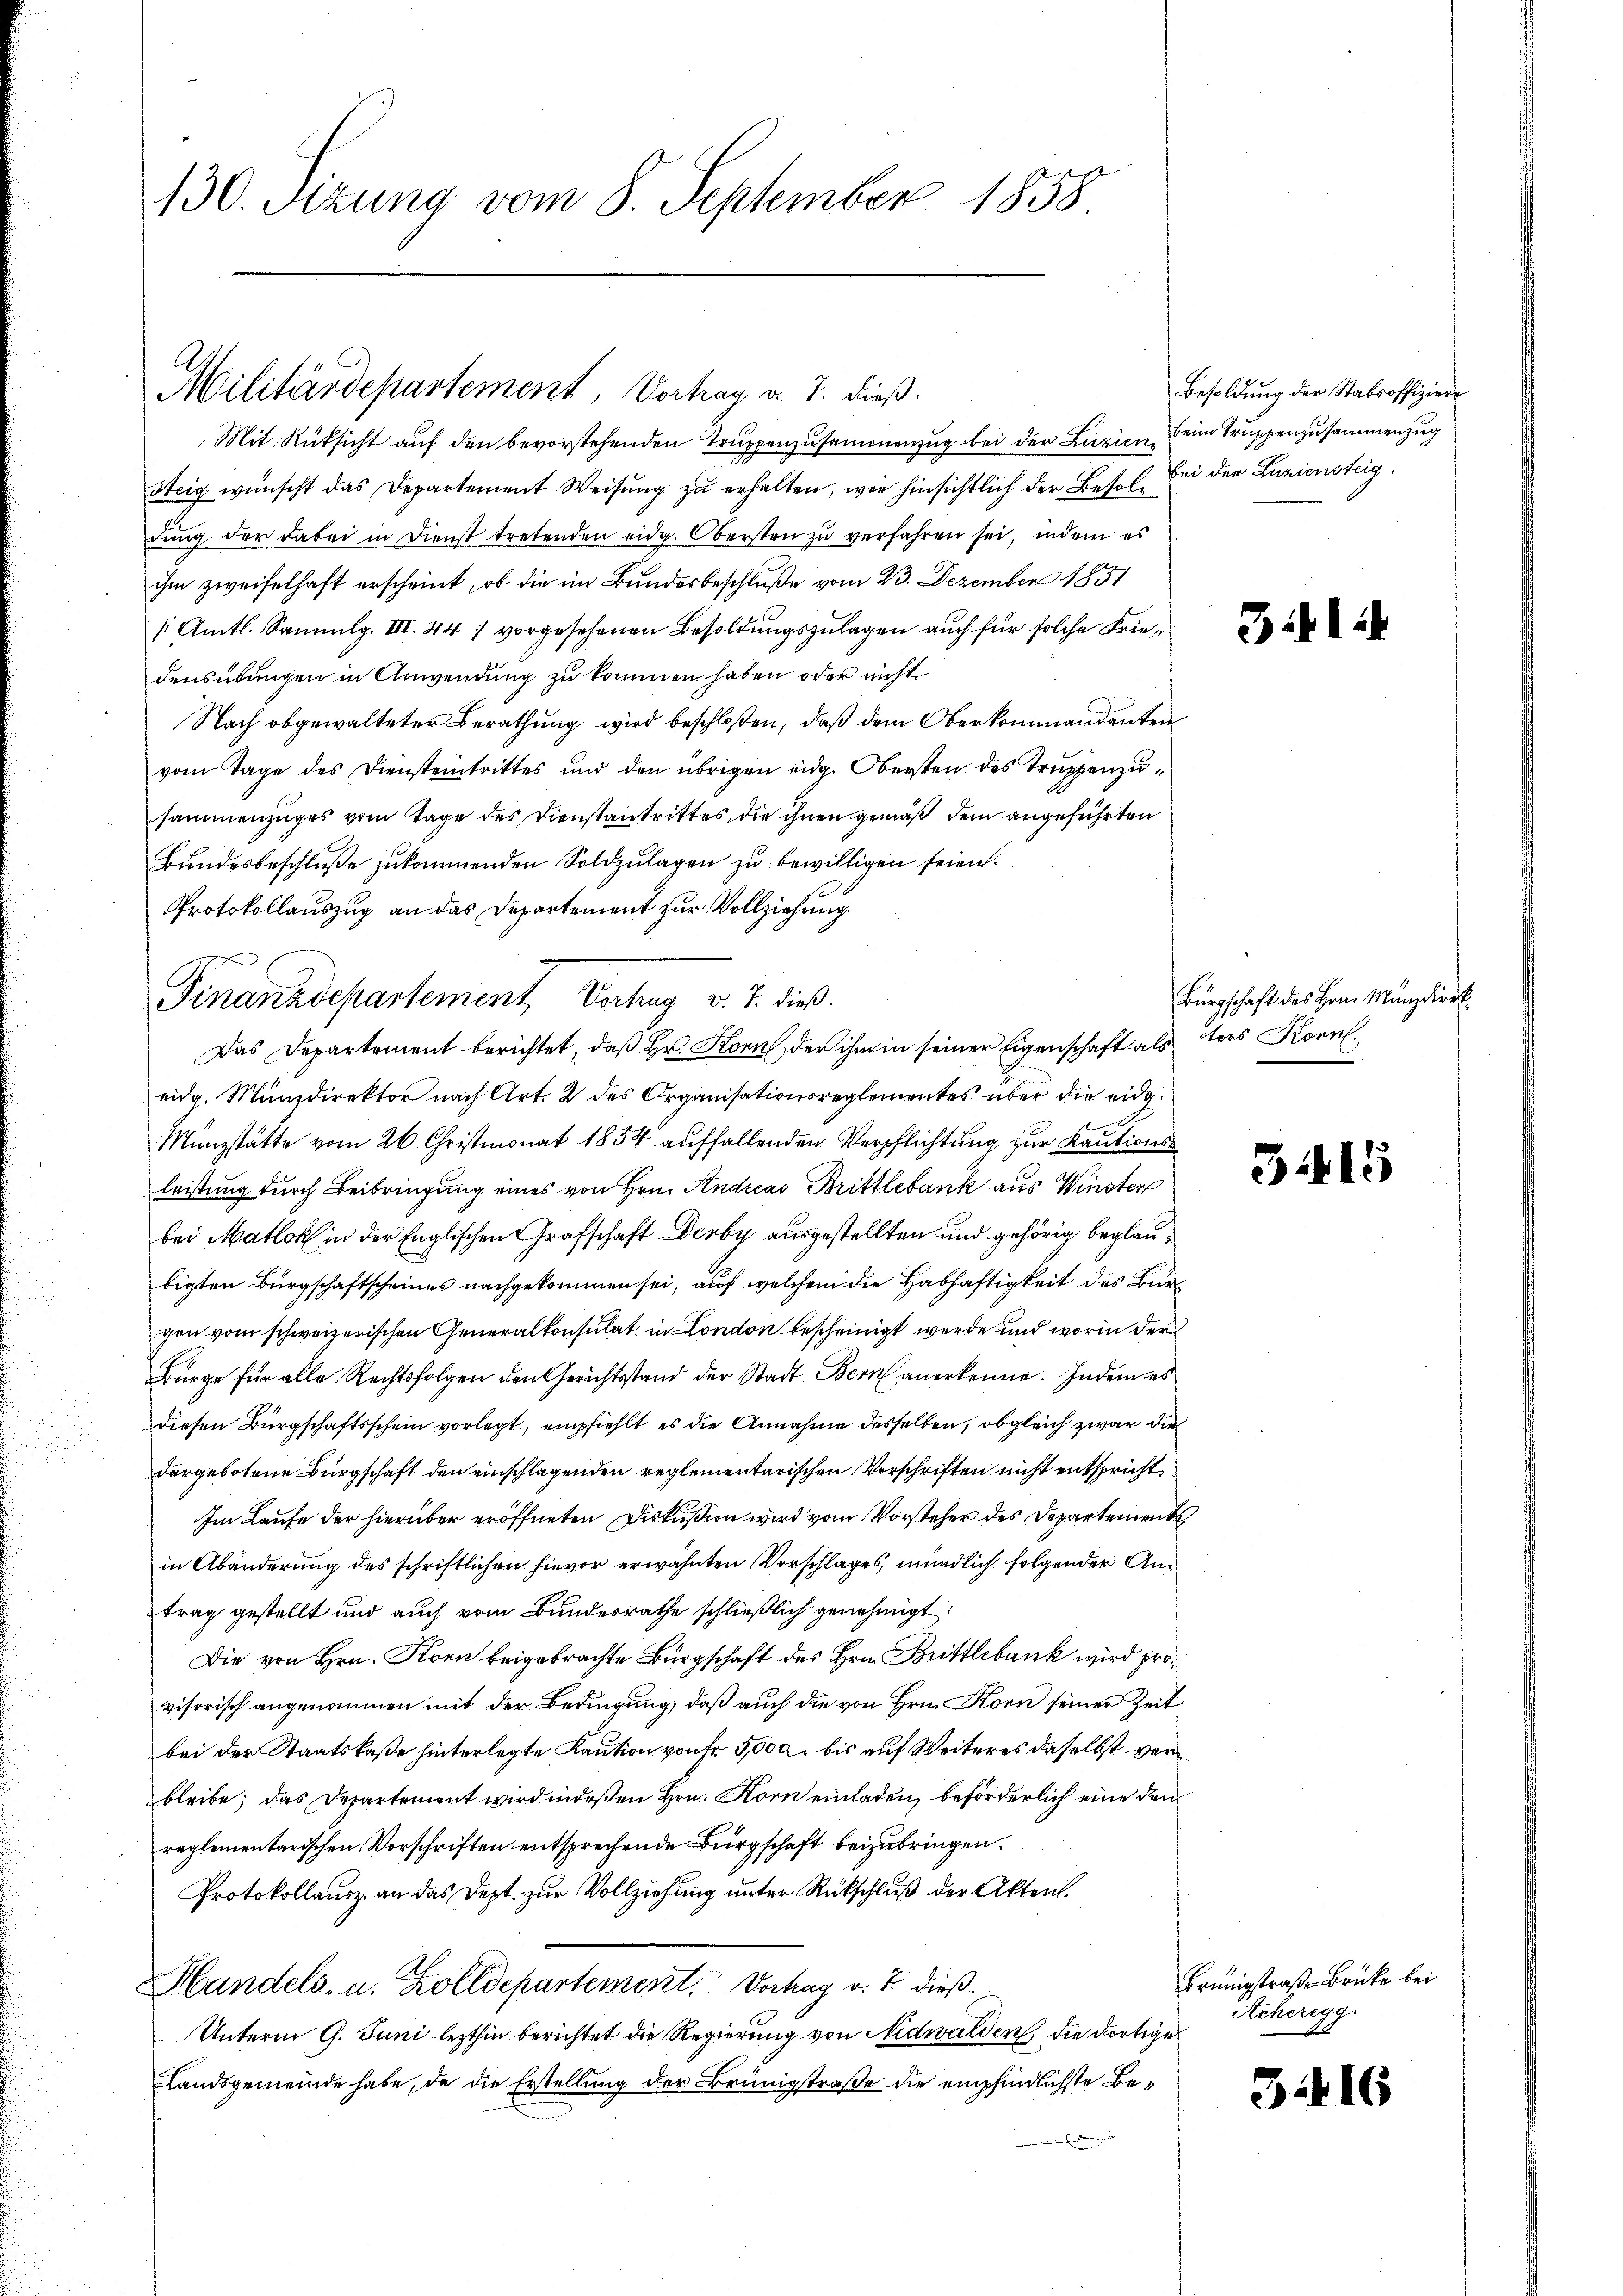
130. Sizung vom 8. September 1858

Militärdepartement, Vortrag v. J. dieß.

Mit Rüksicht aŭf den bevorstehenden Truppenzusamonenzug bei der Luzien beim Truppenzusammenzug
Steig wünscht das Departement Weisung zu erhalten, wie hinsichtlich der Besel bei der Luziensteig
dung der dabei in Dienst tretenden eidg. Obersten zu verfahren sei, indem es
ihm zweifelhaft erscheint, ob die im Bundesbeschluße vom 23. Dezember 1851
/Amtl. Sammlg. III. 441 vorgesehenen Besoldungszulagen auch für solche Friedensübungen in Anwendung zu kommen haben oder nicht
Nach abgewalteter Berathung wird beschloßen, daß dem Oberkommandanten
vom Tage des Diensteintrittes und den übrigen eidg. Obersten des Truppenzusammenzuges vom Tage des Dienstantrittes, die ihnen gemäß dem angeführten
Bundesbeschluße zukommenden Soldzulagen zu bewilligen seien.
Protokollauszug an das Departement zur Vollziehung
Finanzdepartement, Vertrag v. 2. dieß.
Das Departement berichtet, daß Hr. Korn, der ihm in seiner Eigenschaft als tors Korneidg. Münzdirektor nach Art. 2 des Organisationsreglementes über die eidg.
Münzstätte vom 26. Christmonat 1854 auffallenden Verpflichtung zur Kautionsleistung durch Beibringung eines von Hrn. Andreas Brittlebank aus Winster
bei Matck in der Englischen Grafschaft Derby ausgestellten und gehörig beglaubigten Bürgschaftscheines nachgekommen sei, auf welchem die Habhaftigkeit des Bur
gen vom schweizerischen Generalkonsulat in London bescheinigt werde und worin der
Bürge für alle Rechtsfolgen den Gerichtsstand der Stadt Bern anerkenne. Indem es
diesen Bürgschaftsschein vorlegt, empfiehlt es die Annahme desselben, obgleich zwar die
dargebotene Bürgschaft den einschlagenden reglementarischen Vorschriften nicht entspricht,
Im Laufe der hierüber eröffneten Diskußion wird vom Vorsteher des Departement
in Abänderung des schriftlichen hievor erwähnten Vorschlages mündlich folgender Antrag gestellt und auch vom Bundesrathe schließlich genehmigt:
Die von Hrn. Korn beigebrachte Bürgschaft des Hrn. Brittlebank wird provisorisch angenommen mit der Bedingung, daß auch die von Hrn. Korn seiner Zeitbei der Staatskaße hinterlegte Kaution von Fr. 5000. bis auf Weiteres daselbst verbleibe; das Departement wird indeßen Hrn. Korn einladen, beförderlich eine den
reglementarischen Vorschriften entsprechende Bürgschaft beizubringen.
Protokollausz an das Dept. zur Vollziehung unter Rückschluß der Akten.
Handels- u. Zolldepartement. Vorhag v. J. dieß.
Unterm 9. Juni lezthin berichtet die Regierung von Nidwalden, die dortiges
Landsgemeinde habe, da die Erstellung der Brüngstraße die empfindlichste Be¬

Besoldung der Stabsoffiziere

341

Bürgschaft des Hrn. Münzdirek

3415

Brünigstraße Brüke bei
Acherigg
1

3416